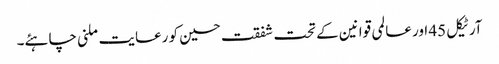
آرٹیکل 45 اور عالمی قوانین کے تحت شفقت حسین کو رعایت ملنی چاہئے۔